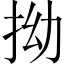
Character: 拗